Leaving Certificate Examination (including Day School Certificate (Higher) General paper), 1936
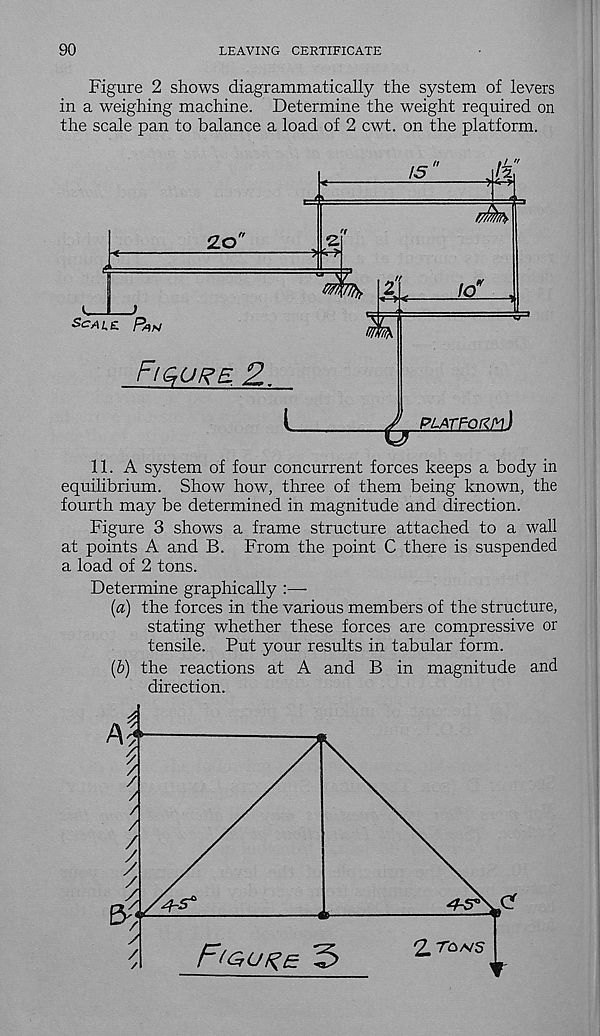
90
LEAVING CERTIFICATE
Figure 2 shows diagrammatically the system of levers
in a weighing machine. Determine the weight required on
the scale pan to balance a load of 2 cwt. on the platform.
£o
15
2
mb
Scale. Pan
FjMLSJE -2.
I
to
platform)
11. A system of four concurrent forces keeps a body in
equilibrium. Show how, three of them being known, the
fourth may be determined in magnitude and direction.
Figure 3 shows a frame structure attached to a wall
at points A and B. From the point C there is suspended
a load of 2 tons.
Determine graphically :—
(а) the forces in the various members of the structure,
stating whether these forces are compressive or
tensile. Put your results in tabular form.
(б) the reactions at A and B in magnitude and
direction.